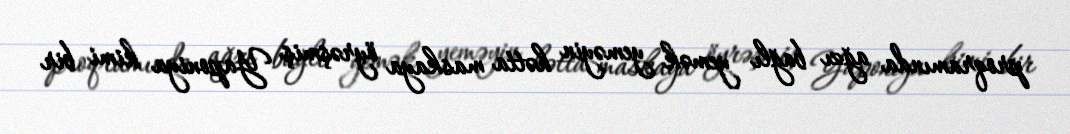
proqramında ağzı bağlı yemək yeməyin hətta maskaya öyrəşmiş Yaponiya kimi bir